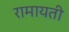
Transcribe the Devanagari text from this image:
रामायती